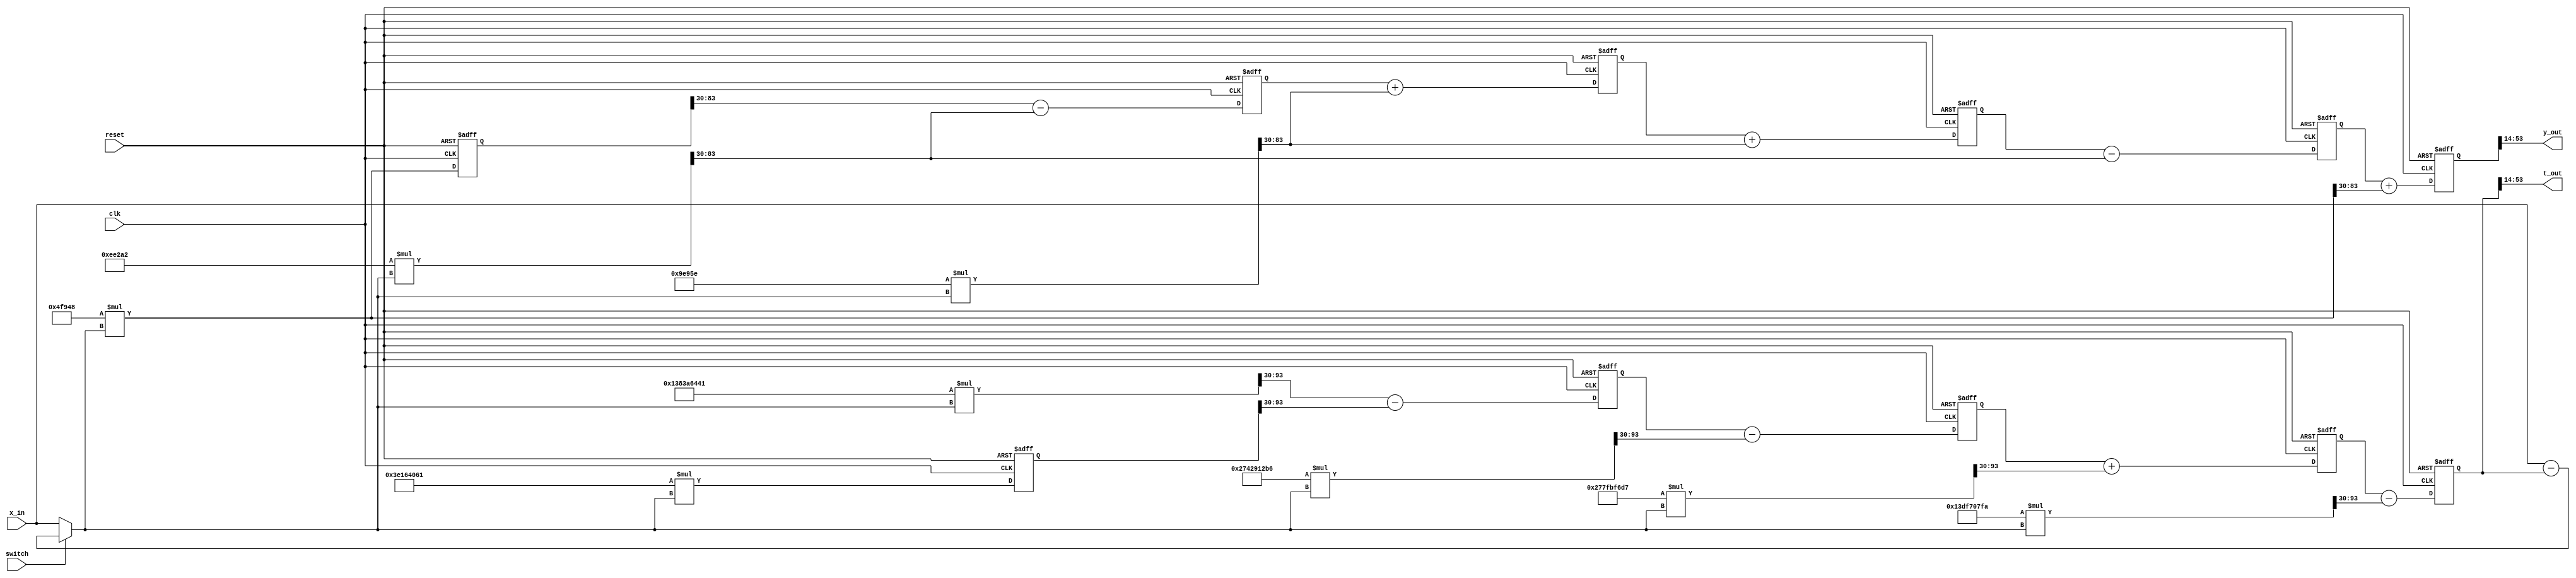
//*********************************************************
// IEEE STD 1364-2001 Verilog file: iir5sfix.v
// Author-EMAIL: Uwe.Meyer-Baese@ieee.org
//*********************************************************
// 5th order IIR in direct form implementation

module iir5sfix
( input clk,  // System clock
  input reset,  // Asynchron reset
  input switch,  // Feedback switch
  input signed [63:0] x_in,  // System input
  output signed [39:0] t_out, // Feedback
  output signed [39:0] y_out);// System output

// --------------------------------------------------------
wire signed[63:0] a2, a3, a4, a5, a6; // Feedback A
wire signed[63:0] b1, b2, b3, b4, b5, b6;// Feedforward B
wire signed [63:0] h;
reg signed [63:0] s1, s2, s3, s4;
reg signed [63:0] y, t, r2, r3, r4;
reg signed [127:0] a6h, a5h, a4h, a3h, a2h;
reg signed [127:0] b6h, b5h, b4h, b3h, b2h, b1h;

// Feedback A scaled by 2^30
assign a2 = 64'h000000013DF707FA; // (-)4.9682025852
assign a3 = 64'h0000000277FBF6D7; // 9.8747536754
assign a4 = 64'h00000002742912B6; // (-)9.8150069021
assign a5 = 64'h00000001383A6441; // 4.8785639415
assign a6 = 64'h000000003E164061; // (-)0.9701081227

// Feedforward B scaled by 2^30
assign b1 = 64'h000000000004F948; // 0.0003035737
assign b2 = 64'h00000000000EE2A2; // (-)0.0009085259
assign b3 = 64'h000000000009E95E; // 0.0006049556
assign b4 = 64'h000000000009E95E; // 0.0006049556
assign b5 = 64'h00000000000EE2A2; // (-)0.0009085259
assign b6 = 64'h000000000004F948; // 0.0003035737
assign h = (switch) ? x_in-t // Switch is closed
                    : x_in; // Switch is open

always @(posedge clk or posedge reset) begin : P1 // First equations without infering registers
    if (reset) begin  // Asynchronous clear
        t <= 0; 
        y <= 0; 
        r2 <= 0; 
        r3 <= 0; 
        r4 <= 0; 
        s1 <= 0;
        s2 <= 0; 
        s3 <= 0; 
        s4 <= 0; 
        a6h <= 0; 
        b6h <= 0;
    end else begin  // IIR filter in direct form
        a6h <= a6 * h;  // h*a[6] use register
        a5h = a5 * h;  // h*a[5]
        r4 <= (a5h >>> 30) - (a6h >>> 30);  // h*a[5]+r5
        a4h = a4 * h;  // h*a[4]
        r3 <= r4 - (a4h >>> 30);  // h*a[4]+r4
        a3h = a3 * h;  // h*a[3]
        r2 <= r3 + (a3h >>> 30);  // h*a[3]+r3
        a2h = a2 * h;  // h*a[2]+r2
        t <= r2 - (a2h >>> 30);  // h*a[2]+r2
        b6h <= b6 * h;  // h*b[6] use register
        b5h = b5 * h;  // h*b[5]+s5 no register
        s4 <= (b6h >>> 30) - (b5h >>> 30);  // h*b[5]+s5
        b4h = b4 * h;  // h*b[4]+s4
        s3 <= s4 + (b4h >>> 30);  // h*b[4]+s4
        b3h = b3 * h;  // h*b[3]
        s2 <= s3 + (b3h >>> 30);  // h*b[3]+s3
        b2h = b2 * h;  // h*b[2]
        s1 <= s2 - (b2h >>> 30);  // h*b[2]+s2
        b1h = b1 * h; // h*b[1]
        y <= s1 + (b1h >>> 30); // h*b[1]+s1
    end
end

// Redefine bits as 40 bit SLV
// Change 30 to 16 bit fraction, i.e. cut 14 LSBs
assign y_out = y[53:14];
assign t_out = t[53:14];

endmodule